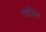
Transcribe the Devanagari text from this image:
ताडिल